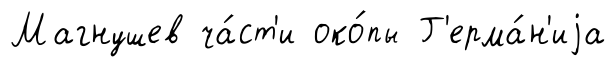
Магнушев ча́ст'и око́пы Г'ерма́н'иjа